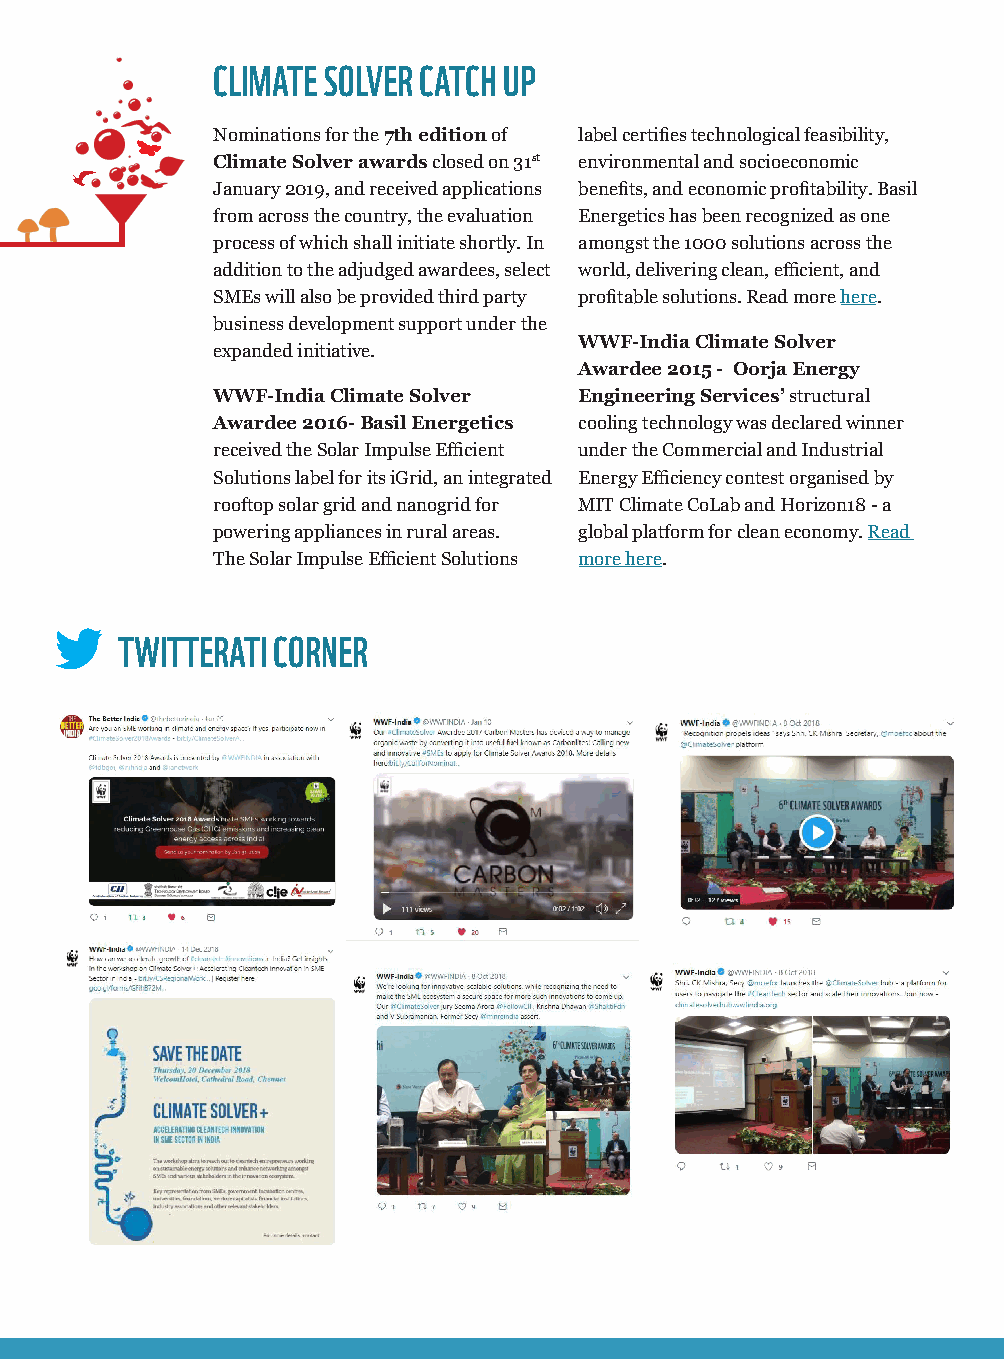
CLIMATE SOLVER CATCH UP
 Nominations for the 7th edition of label certifies technological feasibility,
 Climate Solver awards closed on 31st environmental and socioeconomic
 January 2019, and received applications benefits, and economic profitability. Basil
 from across the country, the evaluation Energetics has been recognized as one
 process of which shall initiate shortly. In amongst the 1000 solutions across the
 addition to the adjudged awardees, select world, delivering clean, efficient, and
 SMEs will also be provided third party profitable solutions. Read more here.
 business development support under the
 WWF-India Climate Solver
 expanded initiative.
 Awardee 2015 - Oorja Energy
 WWF-India Climate Solver Engineering Services’ structural
 Awardee 2016- Basil Energetics cooling technology was declared winner
 received the Solar Impulse Efficient under the Commercial and Industrial
 Solutions label for its iGrid, an integrated Energy Efficiency contest organised by
 rooftop solar grid and nanogrid for MIT Climate CoLab and Horizon18 - a
 powering appliances in rural areas. global platform for clean economy. Read
 The Solar Impulse Efficient Solutions more here.
 TWITTERATI CORNER